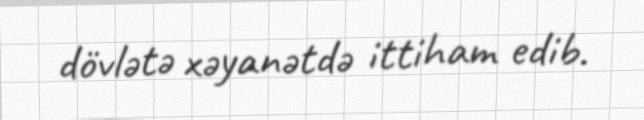
dövlətə xəyanətdə ittiham edib.